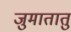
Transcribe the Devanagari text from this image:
जुमातातु